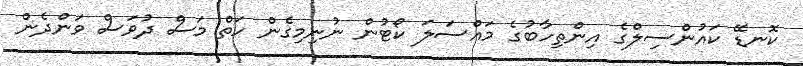
ކޮނޑޭ ކައުންސިލްގެ އިންތިހާބުގެ މައްސަލަ ކޯޓުން ނުނިމިގެން ހަތް މަސް ދުވަސް ވަންދެން